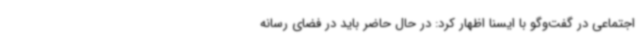
اجتماعی در گفت‌وگو با ایسنا اظهار کرد: در حال حاضر باید در فضای رسانه